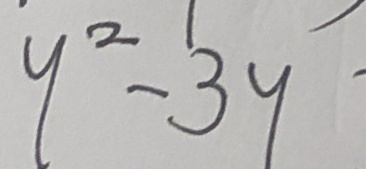
y ^ { 2 } - 3 y